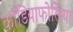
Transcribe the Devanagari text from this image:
कॉडियाफोलिया